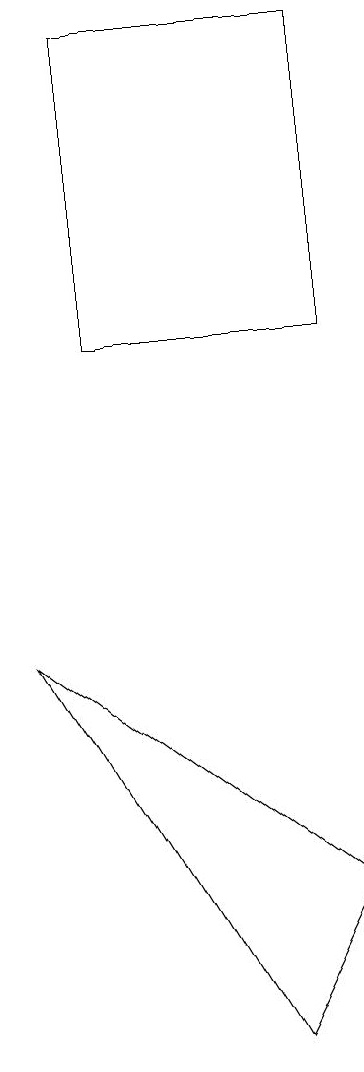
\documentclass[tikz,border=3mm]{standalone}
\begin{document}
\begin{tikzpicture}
\draw (7,5) -- (3,8) -- (6,3) -- cycle;
\draw (5,14) rectangle (5,14);
\draw (4,12) rectangle (7,16);
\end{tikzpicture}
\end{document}